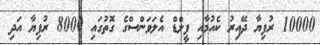
10000 ރުފިޔާ ދޭއިރު ކެއުމާއި ފީލްޑް އެލަވަންސްގެ ގޮތުގައި 8000 ރުފިޔާ އަދި